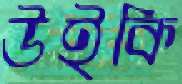
উইকি